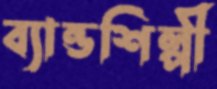
ব্যান্ডশিল্পী